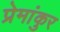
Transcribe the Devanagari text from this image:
प्रेमांकुर